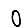
Digit: 0